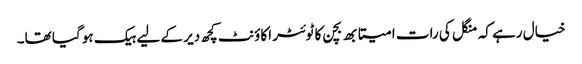
خیال رہے کہ منگل کی رات امیتابھ بچن کا ٹوئٹر اکاؤنٹ کچھ دیر کے لیے ہیک ہو گیا تھا۔